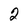
Character: 2